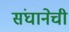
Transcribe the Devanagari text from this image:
संघानेची